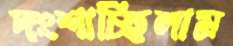
দংশাচ্ছিলাম